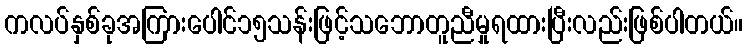
ကလပ်နှစ်ခုအကြားပေါင်၁၅သန်းဖြင့်သဘောတူညီမှုရထားပြီးလည်းဖြစ်ပါတယ်။